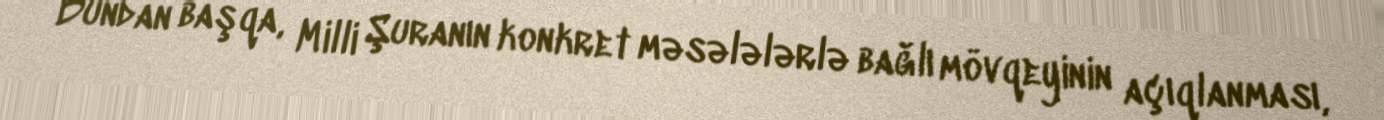
Bundan başqa, Milli Şuranın konkret məsələlərlə bağlı mövqeyinin açıqlanması,